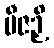
ဗီဇဉှိ